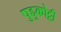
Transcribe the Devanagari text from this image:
पुद्दुकोट्टी